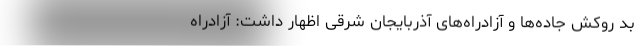
بد روکش جاده‌ها و آزادراه‌های آذربایجان شرقی اظهار داشت: آزادراه